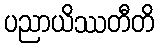
ပညာယိဿတီတိ